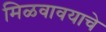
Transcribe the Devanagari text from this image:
मिळवावयाचे